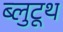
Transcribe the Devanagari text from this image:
ब्लुटूथ